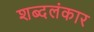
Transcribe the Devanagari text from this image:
शब्दलंकार